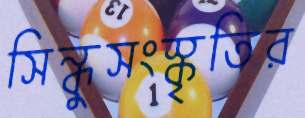
সিন্ধুসংস্কৃতির